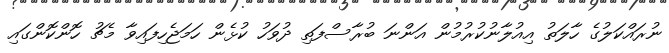
ނުރައްކަލުގެ ހާލަތު އިއުލާނުކުރުމުން އަންނަ ބުރާސްފަތި ދުވަހު ކުޅެން ހަމަޖެހިފައިވާ މެޗު ހޮންކޮންގައި